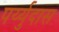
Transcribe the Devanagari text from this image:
पर्य्युदास